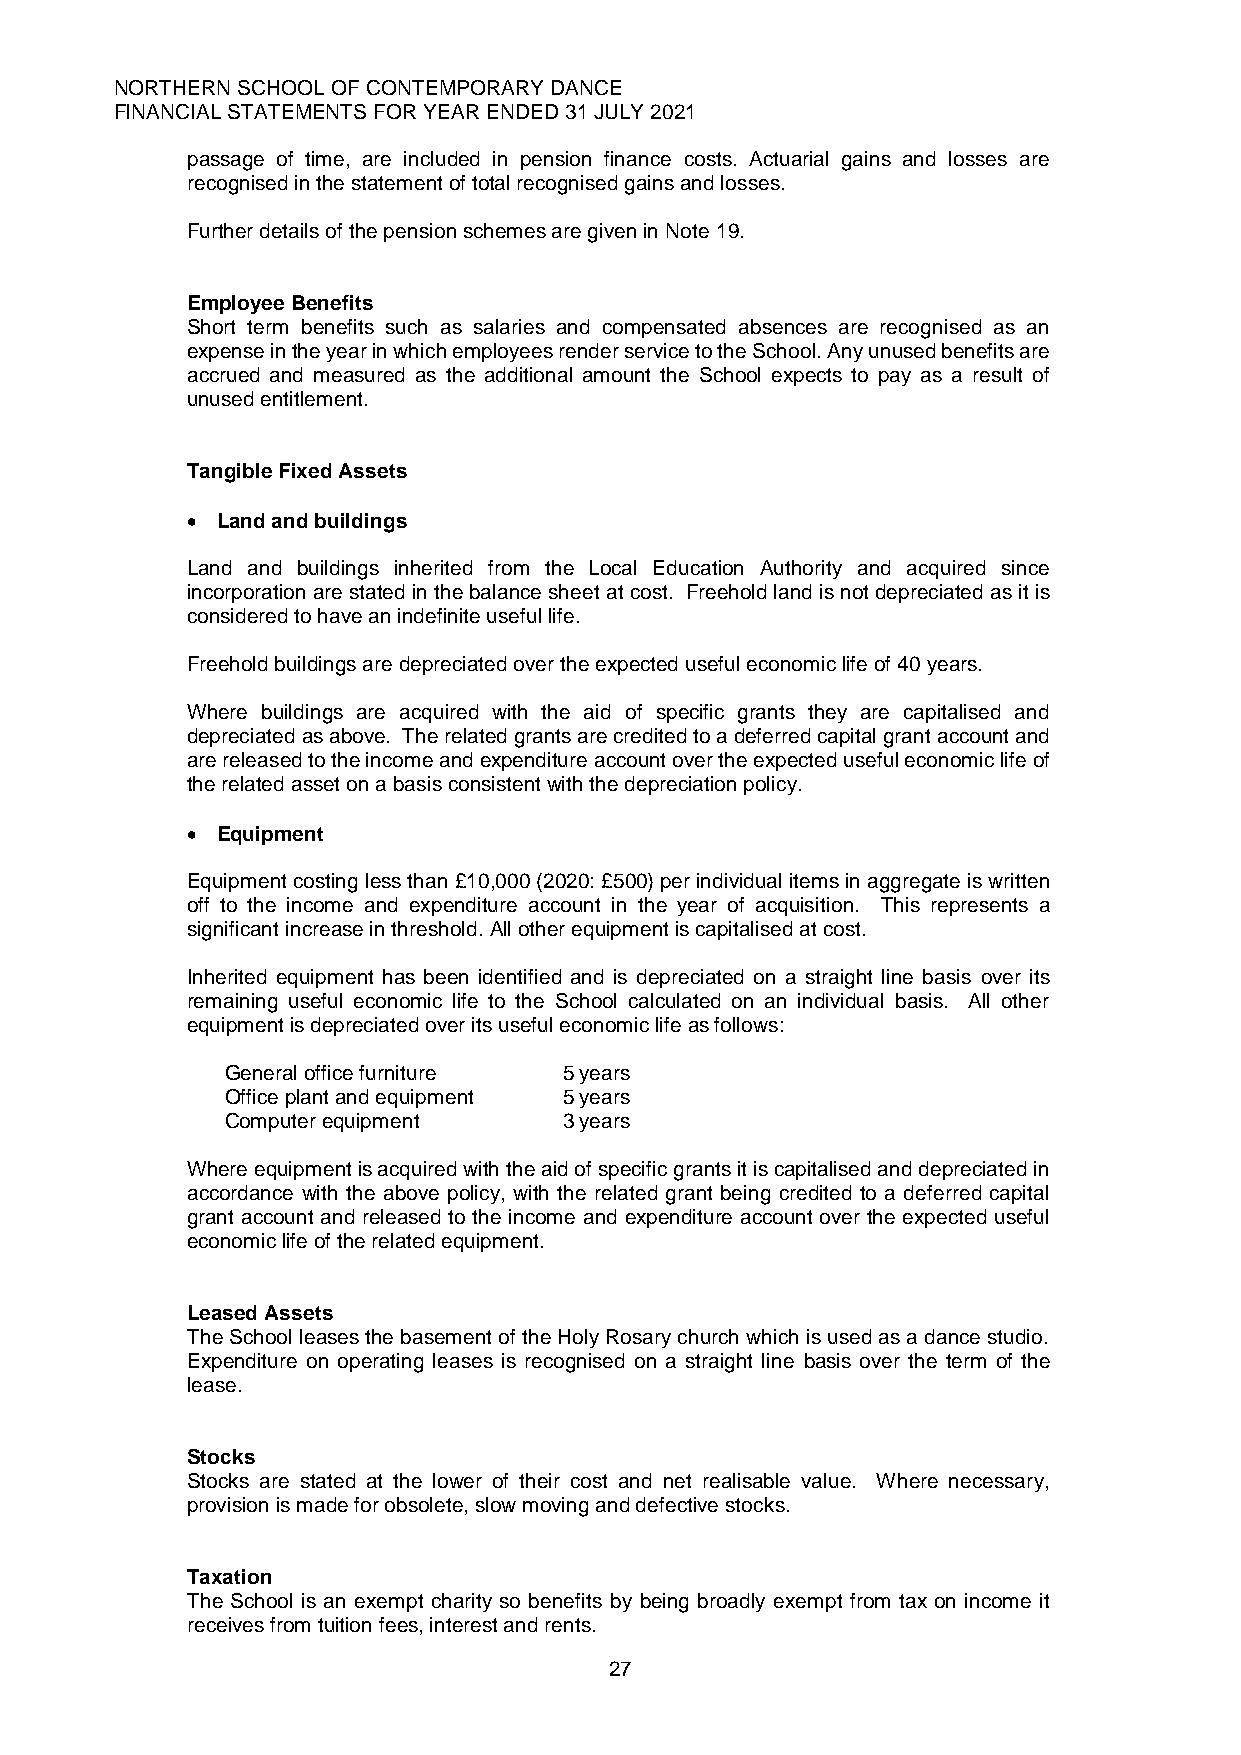
NORTHERN SCHOOL OF CONTEMPORARY DANCE
 FINANCIAL STATEMENTS FOR YEAR ENDED 31 JULY 2021
 passage of time, are included in pension finance costs. Actuarial gains and losses are
 recognised in the statement of total recognised gains and losses.
 Further details of the pension schemes are given in Note 19.
 Employee Benefits
 Short term benefits such as salaries and compensated absences are recognised as an
 expense in the year in which employees render service to the School. Any unused benefits are
 accrued and measured as the additional amount the School expects to pay as a result of
 unused entitlement.
 Tangible Fixed Assets
 • Land and buildings
 Land and buildings inherited from the Local Education Authority and acquired since
 incorporation are stated in the balance sheet at cost. Freehold land is not depreciated as it is
 considered to have an indefinite useful life.
 Freehold buildings are depreciated over the expected useful economic life of 40 years.
 Where buildings are acquired with the aid of specific grants they are capitalised and
 depreciated as above. The related grants are credited to a deferred capital grant account and
 are released to the income and expenditure account over the expected useful economic life of
 the related asset on a basis consistent with the depreciation policy.
 • Equipment
 Equipment costing less than £10,000 (2020: £500) per individual items in aggregate is written
 off to the income and expenditure account in the year of acquisition. This represents a
 significant increase in threshold. All other equipment is capitalised at cost.
 Inherited equipment has been identified and is depreciated on a straight line basis over its
 remaining useful economic life to the School calculated on an individual basis. All other
 equipment is depreciated over its useful economic life as follows:
 General office furniture 5 years
 Office plant and equipment 5 years
 Computer equipment    3 years
 Where equipment is acquired with the aid of specific grants it is capitalised and depreciated in
 accordance with the above policy, with the related grant being credited to a deferred capital
 grant account and released to the income and expenditure account over the expected useful
 economic life of the related equipment.
 Leased Assets
 The School leases the basement of the Holy Rosary church which is used as a dance studio.
 Expenditure on operating leases is recognised on a straight line basis over the term of the
 lease.
 Stocks
 Stocks are stated at the lower of their cost and net realisable value. Where necessary,
 provision is made for obsolete, slow moving and defective stocks.
 Taxation
 The School is an exempt charity so benefits by being broadly exempt from tax on income it
 receives from tuition fees, interest and rents.
 27